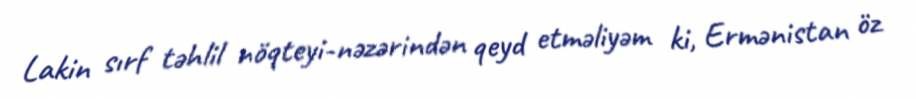
Lakin sırf təhlil nöqteyi-nəzərindən qeyd etməliyəm ki, Ermənistan öz